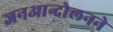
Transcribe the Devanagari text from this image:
जनआन्दोलनने